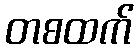
တစထက်